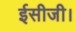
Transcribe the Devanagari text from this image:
ईसीजी।